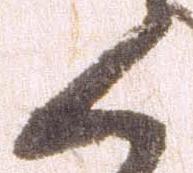
く